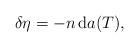
LaTeX: \begin{align*} \delta \eta = - n \, {\rm d} a (T), \end{align*}